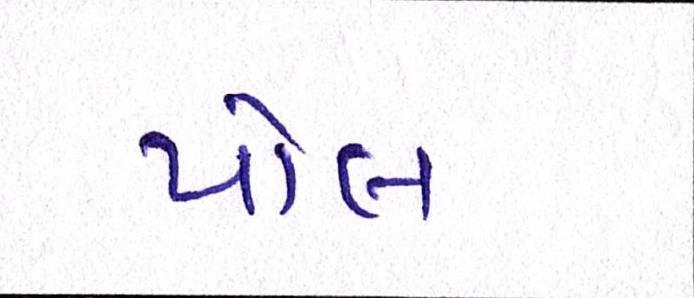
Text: પોલ